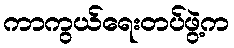
ကာကွယ်ရေးတပ်ဖွဲ့က